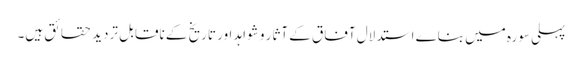
پہلی سورہ میں بناے استدلال آفاق کے آثار و شواہد اور تاریخ کے ناقابل تردید حقائق ہیں۔